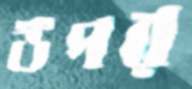
উপর